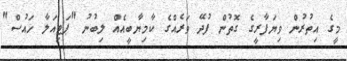
މީގެ އިތުރުން ވިޔަފާރީގެ ގޮތުން ފުދޭ ވަރެއްގެ ކާމިޔާބީއެއް ލިބުނު "ޕަޓިއަލާ ހައުސް"